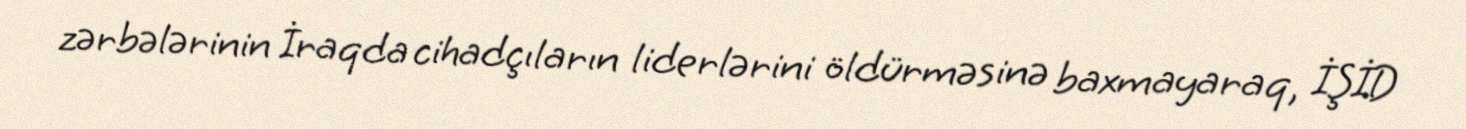
zərbələrinin İraqda cihadçıların liderlərini öldürməsinə baxmayaraq, İŞİD